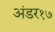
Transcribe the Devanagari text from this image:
अंडर१७